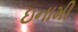
ઇનામી